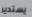
يستدير